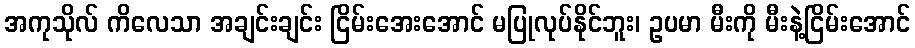
အကုသိုလ် ကိလေသာ အချင်းချင်း ငြိမ်းအေးအောင် မပြုလုပ်နိုင်ဘူး၊ ဥပမာ မီးကို မီးနဲ့ငြိမ်းအောင်